Statistical return of the lunatic asylum in Assam - 1912-1932
Year: 1912
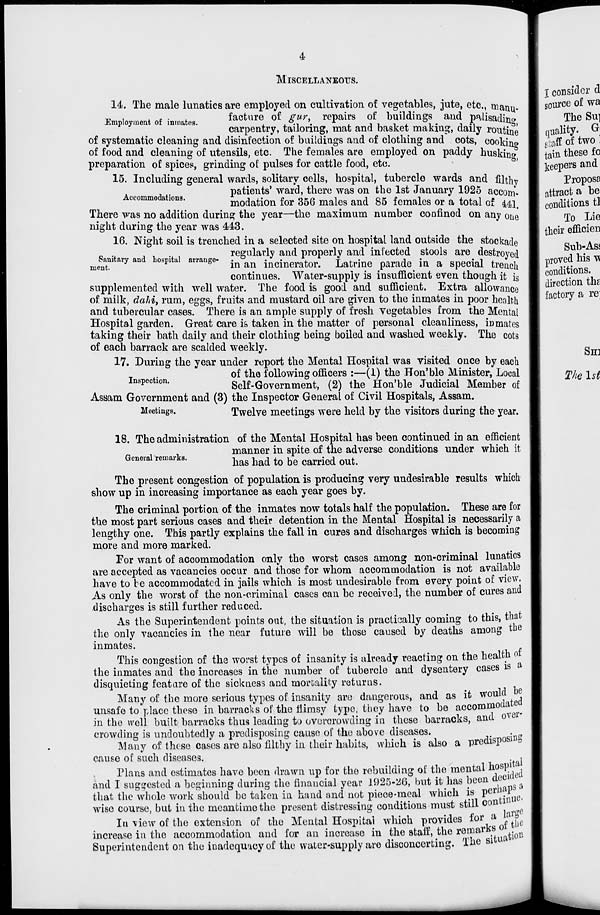
4
MISCELLANEOUS.
14. The male lunatics are employed on cultivation of vegetables, jute, etc., nianu-
Employment of inmates.
facture of gur, repairs of buildings and palisading
carpentry, tailoring, mat and basket making, daily routine
of systematic cleaning and disinfection of buildings and of clothing and cots, cooking
of food and cleaning of utensils, etc. The females are employed on paddy husking
preparation of spices, grinding of pulses for cattle food, etc.
15. Including general wards, solitary cells, hospital, tubercle wards and filthy
Ac
,
patients' ward, there was on the 1st January 1925 accom-
modation for 356 males and 85 females or a total of 441
There was no addition during the year—the maximum number confined on any one
night during the year was 443.
16. Night soil is trenched in a selected site on hospital land outside the stockade
o ..
, ., ,
regularly and properly and infected stools are destrovad
Sanitary and hospital arrange- . °
• J .
\ r
f
-,.
. VJOUiU )'«a
ment.
in an incinerator. Latrine parade in a special trench
continues. Water-supply is insufficient even though it i s
supplemented with well water. The food is good and sufficient. Extra allowance
of milk, dahi, rum, eggs, fruits and mustard oil are given to the inmates in poor health
and tubercular cases. There is an ample supply of fresh vegetables from the Mental
Hospital garden. Great care is taken in the matter of personal cleanliness, in mates
taking their bath daily and their clothing being boiled and washed weekly. The cots
of each barrack are scalded weekly.
17. During the year under report the Mental Hospital was visited once by each
,
..
of the following officers :—(1) the Hon'ble Minister, Local
nspec ion.
Self-Government, (2) the Hon'ble Judicial Member of
Assam Government and (3) the Inspector General of Civil Hospitals, Assam.
Meetings.
Twelve meetings were held by the visitors during the year.
18. The administration of the Mental Hospital has been continued in an efficient
manner in spite of the adverse conditions under which it
Generalremarks.
-i
i, J A u
• J
*.
has had to be carried out.
The present congestion of population is producing very undesirable results which
show up in increasing importance as each year goes by.
The criminal portion of the inmates now totals half the population. These are for
the most part serious cases and their detention in the Mental Hospital is necessarily a
lengthy one. This partly explains the fall in cures and discharges which is becoming
more and more marked.
For want of accommodation only the worst cases among non-criminal lunatics
are accepted as vacancies occur and those for whom accommodation is not available
have to be accommodated in jails which is most undesirable from every point of view.
As only the worst of the non-criminal cases can be received, the number of cures and
discharges is still further reduced.
As the Superintendent points out, the situation is practically coming to this, that
the only vacancies in the near future will be those caused by deaths among the
inmates.
This congestion of the worst types of insanity is already reacting on the health 01
the inmates and the increases in the number of tubercle and dysentery cases is »
disquieting feature of the sickness and mortality returns.
Many of the more serious types of insanity are dangerous, and as it would be
unsafe to place these in barracks of the Himsy type, they have to be accommodate^
in the well built barracks thus leading to overcrowding in these barracks, and over-
crowding is undoubtedly a predisposing cause of the above diseases.
Many of these cases are also filthy in their habits, which is also a predisposes
cause of such diseases.
, .
Plans and estimates have been drawn up for the rebuilding of the mental -j^P^d
and I suggested a beginning during the financial year J925-U6, but it has been &® 0 * ft
that the whole work should be taken in hand and not piece-meal which is P er^? L e(
wise course, but in the meantime the present distressing conditions must still conti
In \iew of the extension of the Mental Hospital which provides for a im^
increase in the accommodation and for an increase in the staff, the remarks 0
Superintendent on the inadequacy of the water-supply are disconcerting. The situa